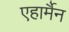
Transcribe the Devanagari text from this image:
एहार्मैन